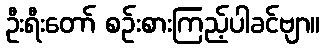
ဦးရီးတော် စဉ်းစားကြည့်ပါခင်ဗျာ။